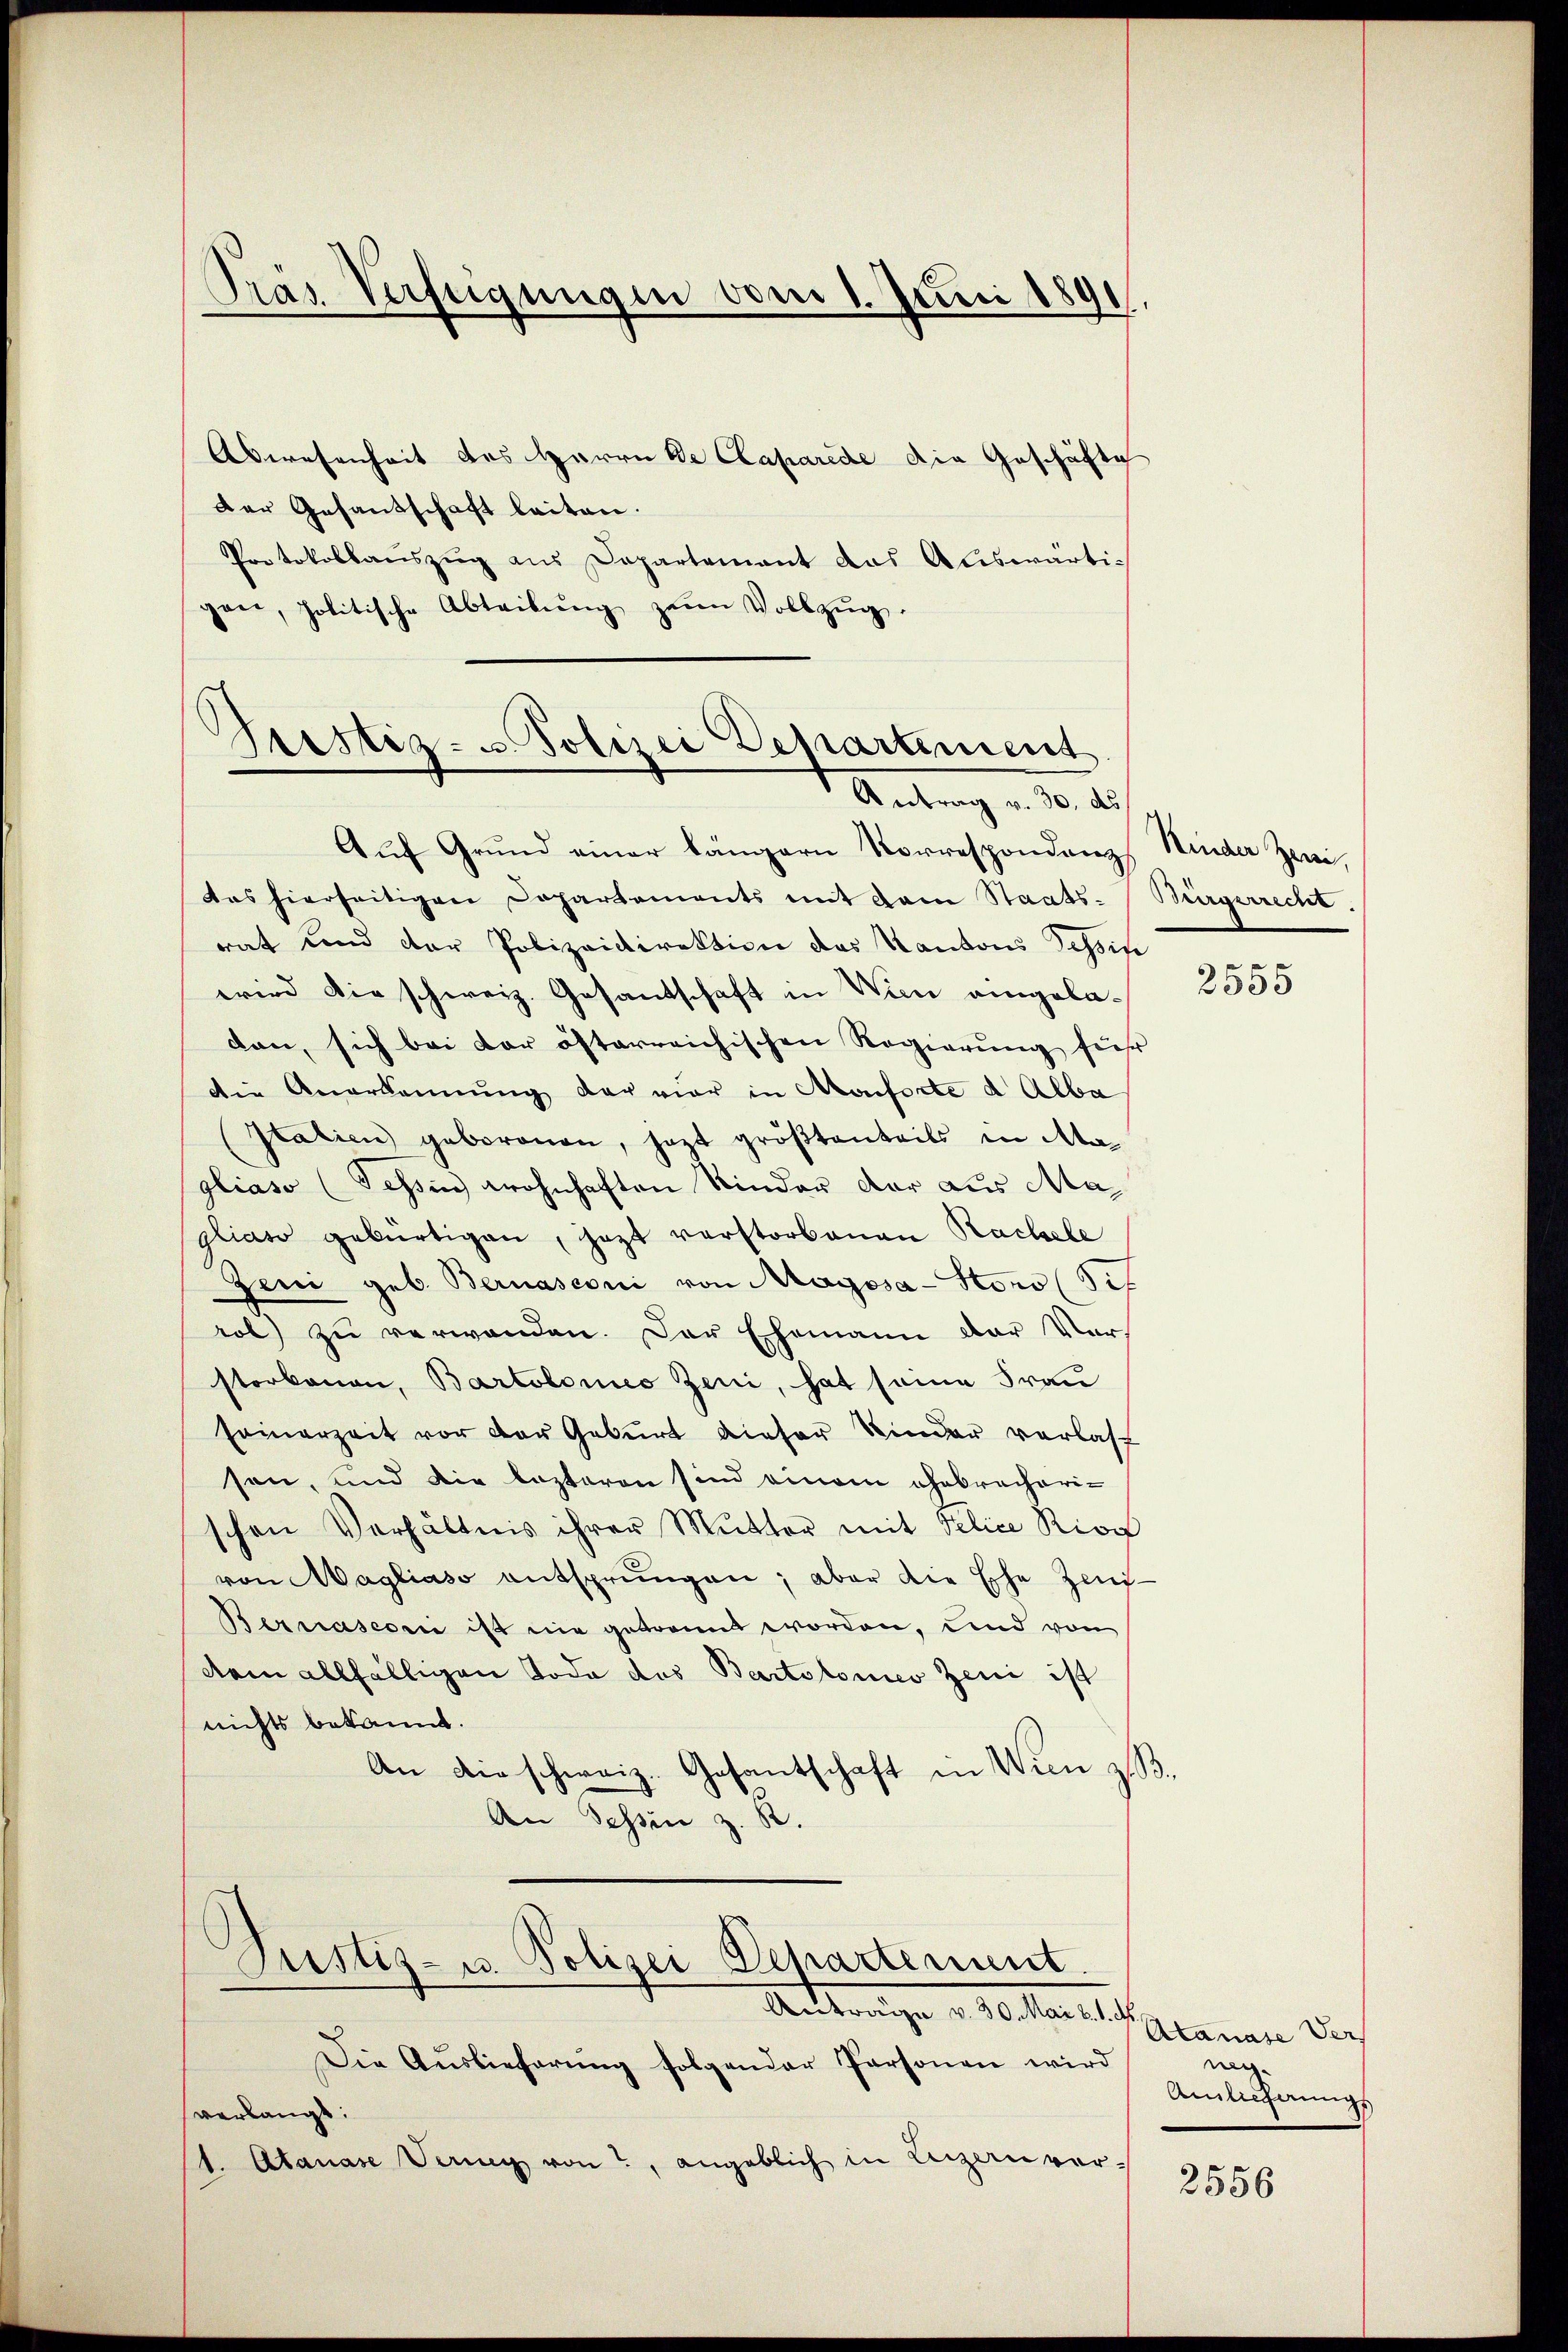
Abwesenheit des Herrn De Caparede die Geschäfte
Der Gesandschaft leiten.
Protokollauszug aus Departement das Auswärtigane, politische Abteilŭng zum Vollzŭg.

Pras Verfügungen vom 1. Juni 1891.

Grestiz- u. Polizei Departement
Antrag v. 30. ds

Justiz- u. Polizei Departement.

Antrage v. 30. Mai v. 1.
Die Auslieferung folgender Personen wird
verlangt:
1. Atanase Verung von, angeblich in Luzern ver-

Auf Grund einer längern Korrespondenz, Kinder Zwi
das hierseitigen Departements mit dem Staats-Bürgerrecht.
rat und der Polizeidirektion das Kantons Tessin
wird die schweiz. Gesantschaft in Wien eingeladan, sich bei der österreichischen Regierung für
die Anerkennung der vier in Monforte d. Alba
Italien geborenen, jezt größtenteils in Magliaso (Tessin wohnhaften Kinder der aus Magliato gebürtigen, jezt verstorbenen Rachele
Zeni geb. Bernasconi von Magosa-Stors (St
rol) zu verwanden. Der Ehemann der Vorstorbenen, Bartolomeo Zeni, hat seine Frau
seinerzeit vor der Geburt dieser Kinder verlas
son, und die lezteren sind einem ehebrecherischen Verhältnis ihrer Mutter mit Felice Biog
von Magliaso entsprungen; aber die Ehe Zeit
Bernasconi ist nie getrannt worden, und von
dam allfälligen Tode des Bartolomeo Zeni ist
nichts bekannt.
An dieschweiz. Gesantschaft in Wien z. B.
An Tessin z. B.

2555

Atanase Vers
ng.
Ainlicherungs

2556